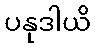
ပနုဒါယိ